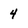
Character: 4